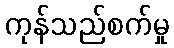
ကုန်သည်စက်မှု